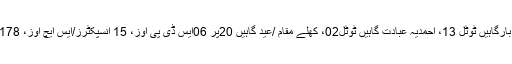
سیکیورٹی پلان کے مطابق ضلع بھر میں موجود مساجد کیٹیگریA-Bٹوٹل 131 ، امام بارگاہیں ٹوٹل 13، احمدیہ عبادت گاہیں ٹوٹل02، کھلے مقام /عید گاہیں 20پر 06ایس ڈی پی اوز، 15 انسپکٹرز/ایس ایچ اوز، 178اپر سپارڈینیٹ، 1037کنسٹیبلان جبکہ 1160 وولینٹئرز/ PQR تعینات کئے گئے ہیں۔